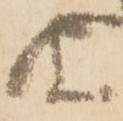
由